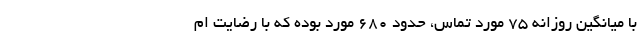
با میانگین روزانه ۷۵ مورد تماس، حدود ۶۸۰ مورد بوده که با رضایت ام